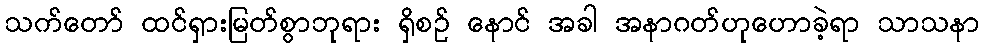
သက်တော် ထင်ရှားမြတ်စွာဘုရား ရှိစဉ် နောင် အခါ အနာဂတ်ဟုဟောခဲ့ရာ သာသနာ